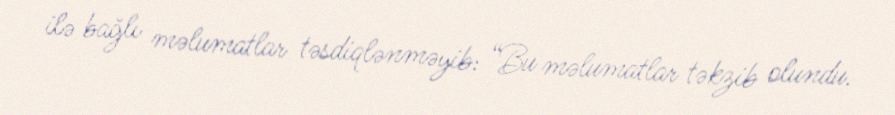
ilə bağlı məlumatlar təsdiqlənməyib: “Bu məlumatlar təkzib olundu.